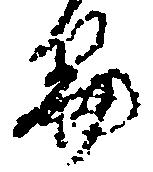
篇